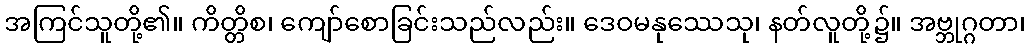
အကြင်သူတို့၏။ ကိတ္တိစ၊ ကျော်စောခြင်းသည်လည်း။ ဒေဝမနုဿေသု၊ နတ်လူတို့၌။ အဗ္ဘုဂ္ဂတာ၊